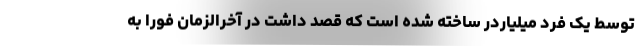
توسط یک فرد میلیاردر ساخته شده است که قصد داشت در آخرالزمان فورا به